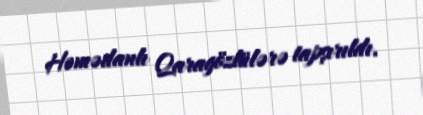
Həmədanlı Qaragözlülərə tapşırıldı.